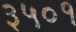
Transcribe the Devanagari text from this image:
३५०१